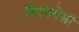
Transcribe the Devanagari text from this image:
मिलानेसी